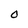
Character: O